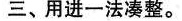
三、用进一法凑整。